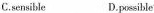
C.sensible D.possible